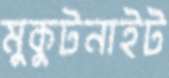
মুকুটনাইট